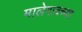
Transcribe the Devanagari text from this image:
मालेगावच्या